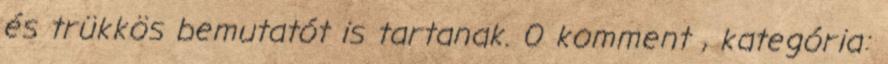
és trükkös bemutatót is tartanak. 0 komment , kategória: